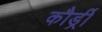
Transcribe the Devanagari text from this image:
कौर्ड्री